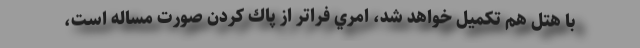
با هتل هم تكميل خواهد شد، امري فراتر از پاك‌ كردن صورت مساله است،